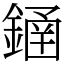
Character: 䥁